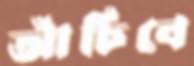
আঁচিবে